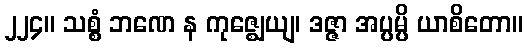
၂၂၄။ သစ္စံ ဘဏေ န ကုဇ္ဈေယျ၊ ဒဇ္ဇာ အပ္ပမ္ပိ ယာစိတော။